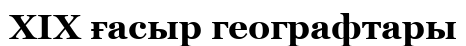
XIX ғасыр географтары